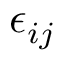
\epsilon _ { i j }